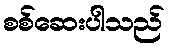
စစ်ဆေးပါသည်